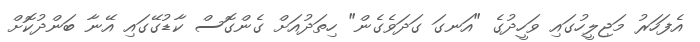
އެފަހަރު މަޖިލީހުގައި ވަހީދުގެ "އަނގަ ގަދަވެގެން" ހިތަދުއަށް ގެންގޮސް ކާޑުގޭގައި އޭނާ ބަންދުކޮށް